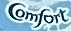
Comfort